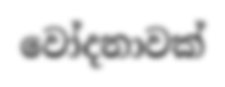
වෝදනාවක්